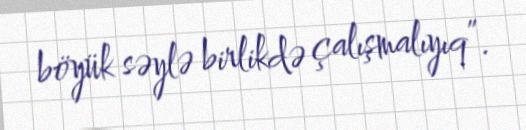
böyük səylə birlikdə çalışmalıyıq”.